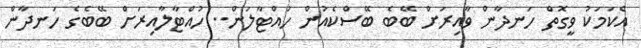
އެކަމަކު ވީގޮތް ހަނދާން ވާއިރަށް ބޭބެ ބޭސްކެއުން ހުއްޓާލަން.. ހުއްޓާލާއިރަށް ބޭބެގެ ހަނދާން